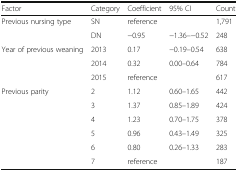
| Factor | Category | Coefficient | 95% CI | Count |
 | --- | --- | --- | --- | --- |
 | <ROWSPAN=2> Previous nursing type | SN | reference |  | 1,791 |
 | DN | −0.95 | −1.36–−0.52 | 248 |
 | <ROWSPAN=3> Year of previous weaning | 2013 | 0.17 | −0.19–0.54 | 638 |
 | 2014 | 0.32 | 0.00–0.64 | 784 |
 | 2015 | reference |  | 617 |
 | <ROWSPAN=6> Previous parity | 2 | 1.12 | 0.60–1.65 | 442 |
 | 3 | 1.37 | 0.85–1.89 | 424 |
 | 4 | 1.23 | 0.70–1.75 | 378 |
 | 5 | 0.96 | 0.43–1.49 | 325 |
 | 6 | 0.80 | 0.26–1.33 | 283 |
 | 7 | reference |  | 187 |